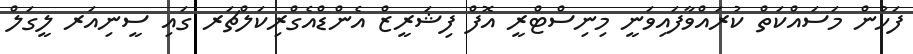
ފަހުން މަސައްކަތް ކުރައްވާފައިވަނީ މިނިސްޓްރީ އޮފް ފިޝަރީޒް އެންޑްއެގްރިކަލްޗަރ ގައި ސީނިއަރ ލީގަލް